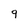
Character: 9